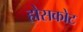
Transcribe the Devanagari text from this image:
होसकोट